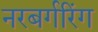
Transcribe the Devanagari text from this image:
नरबर्गरिंग